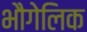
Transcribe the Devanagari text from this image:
भौगेलिक